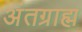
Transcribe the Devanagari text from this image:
अंतग्राह्म